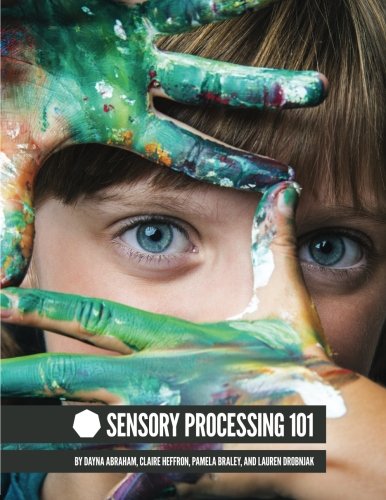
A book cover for Sensory Processing 101; Dayna Abraham; Education & Teaching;